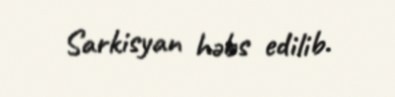
Sarkisyan həbs edilib.